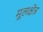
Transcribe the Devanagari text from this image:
मूलक्षेत्र